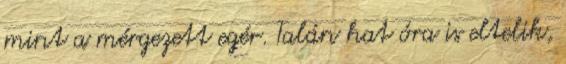
mint a mérgezett egér. Talán hat óra is eltelik,